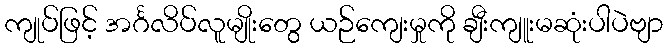
ကျုပ်ဖြင့် အင်္ဂလိပ်လူမျိုးတွေ ယဉ်ကျေးမှုကို ချီးကျူးမဆုံးပါပဲဗျာ